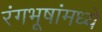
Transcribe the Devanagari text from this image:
रंगभूषांमध्ये